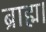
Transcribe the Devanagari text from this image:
ब्राह्म।